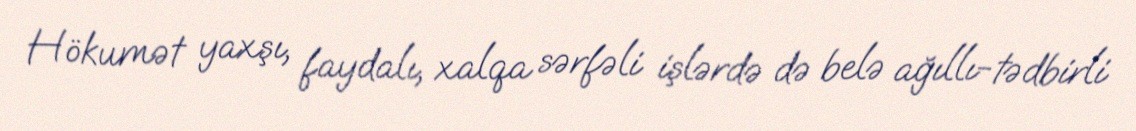
Hökumət yaxşı, faydalı, xalqa sərfəli işlərdə də belə ağıllı-tədbirli